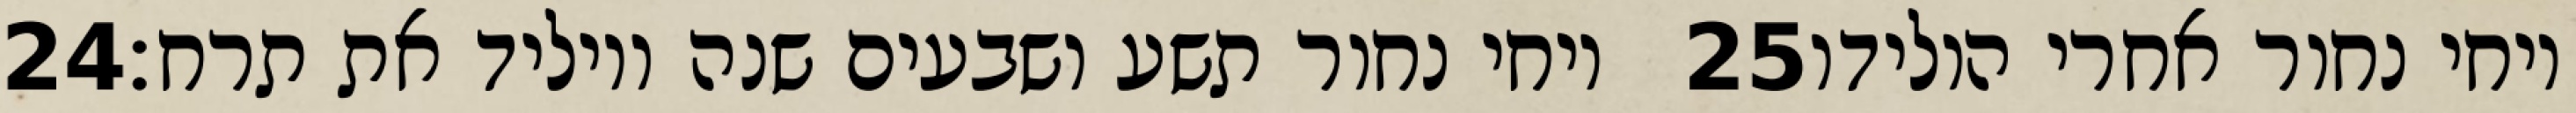
‎24‏ ויחי נחור תשע ושבעים שנה ויוליד את תרח׃ ‎25‏ ויחי נחור אחרי הולידו